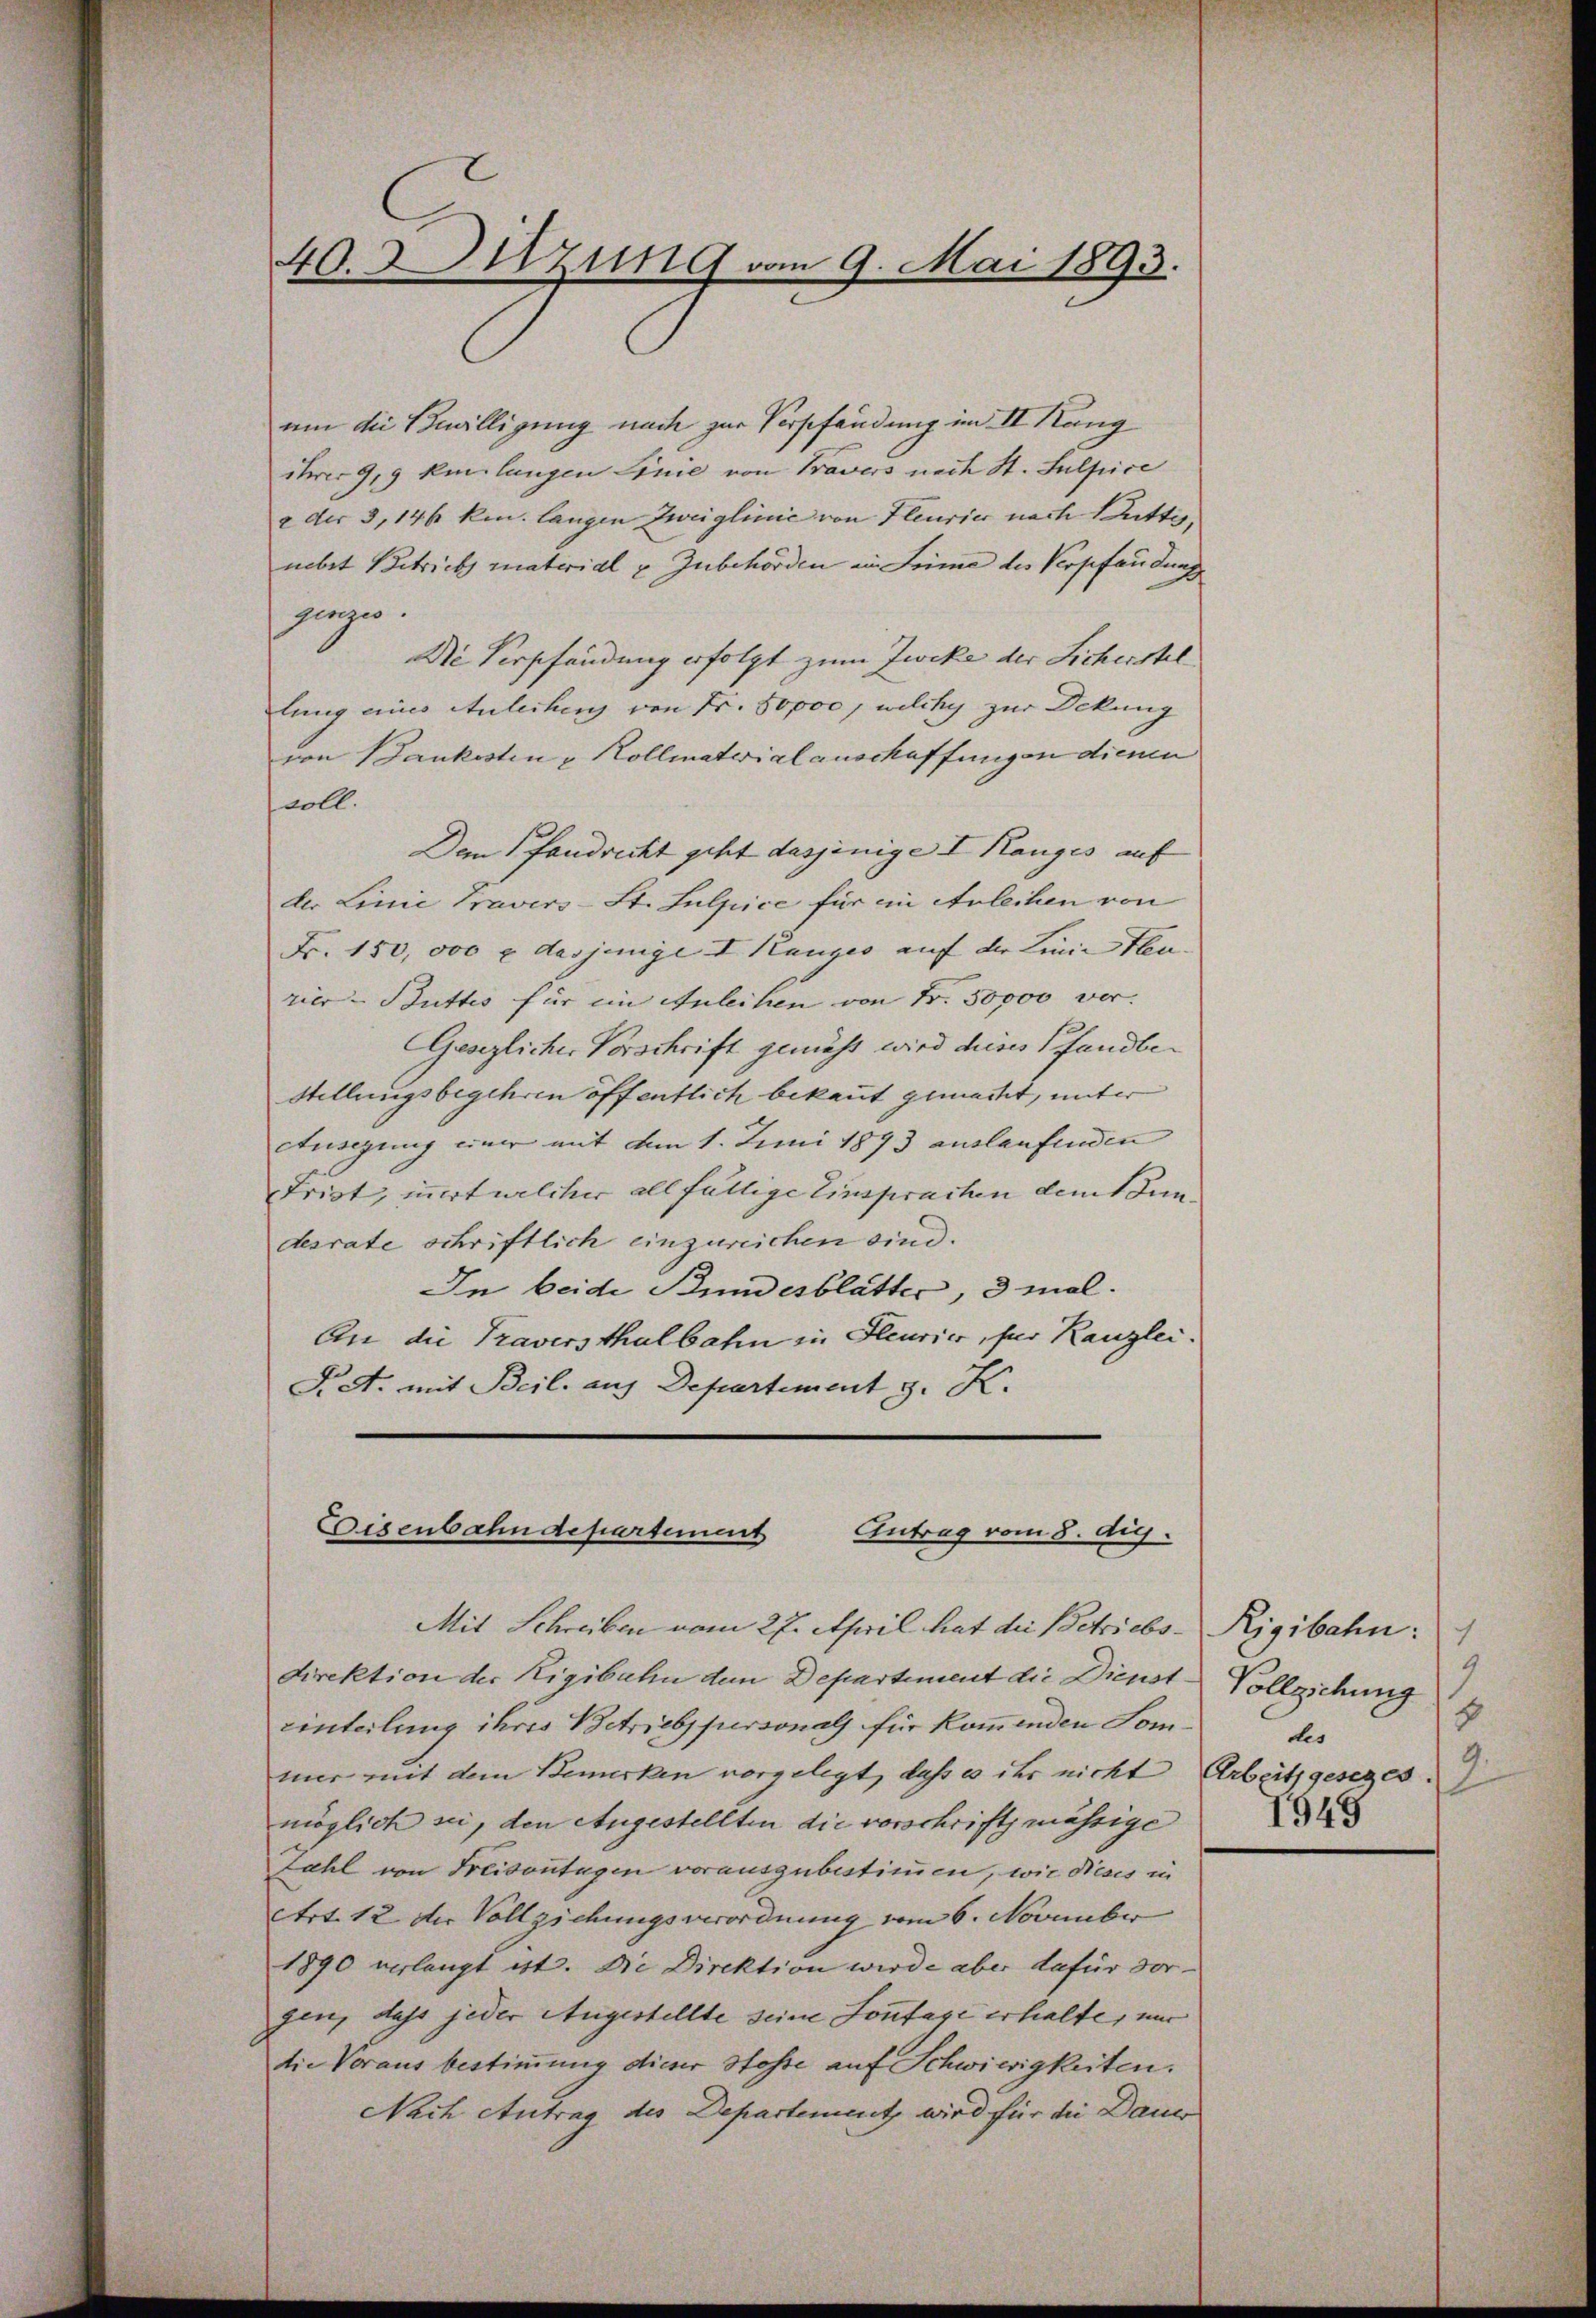
40. Sitzung vom 9. Mai 1893.

um die Bewilligung nach zur Verschändung im II Rang
ihrer 9,9 km langen Linie von Bravers nach St. Sulpice
2 der 3, 146 kn. langen Zweiglinie von Fleurier nach Mutter,
nebet Betrich material u. Zubehörden ein Trime des Verpfandungs
ginzes.
Die Verpfändung erfolgt zum Zwecke der Sicherstel
lung eines Anleihung von Fr. 50,000, welchy zur Deckung
von Baukosten u Kollmaterialauschaffungen dienen
voll.
Dem Pfandrecht geht dasjenige I Ranges auf
der Linie Pravers-St. Sulpice für ein Anleihen von
Fr. 150,000 u. dasjenige I Kanzes auf der Linie Heu-
rier- Buttes für im Anleihen von Fr. 50000 vor.
Gesezlicher Vorschrift gemüht wird dieses Pfandbe¬
Stellungsbegehren öffentlich bekannt gemacht, unter
Ausigung einer mit dem 1. Juni 1873 auslaufenden
Frist, innert welcher allfällige Einspracten mit Kundesrate schriftlich einzureichen sind.
In beide Bundesblätter, 3 mal.
An die Traversthalbahn in Fleurier, für Kanzlei.
F. A. mit Beil, aus Departement z. K.
Eisenbahndepartement
Antrag vom 8. Aug.
Mit Schreiben vom 27. April hat die Betriebs¬
Direktion der Rigibahn dem Departement die Dienst¬
Einteilung ihres Betriebspersonals für kommenden Sommir mit dem Bemerken vorgelegt, daß es ihr nicht Arbeitsgesezes.
möglich sei, den Angestellten die vorschriftmässige
Zahl von Freisontagen vorauszubestimmen, wie dieses in
Art. 12 der Vollziehungsverordnung vom 6. November
1890 verlangt ist. Die Direktion wird aber dafür vorgen, dass jeder Angestellte seine Sontage erhalte, nur
die Voraus bestimmung dieser Stosse auf Schwierigkeiten.
Nach Antrag des Departement wird für die Dauer

Rigibahn:
9
Vollziehung
J
tes
2.
1949